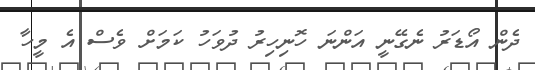
ދެން އޯޑަރު ނެގޭނީ އަންނަ ހޮނިހިރު ދުވަހު ކަމަށް ވެސް އެ މީހާ